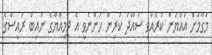
މަގާމަށް އައްޔަން ކުރެއްވި ސުއޫދު ކުރިން ހުންނެވީ އެ ޖަމިއްޔާގެ ނައިބް ރައީސްގެ